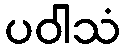
ပဝါသံ